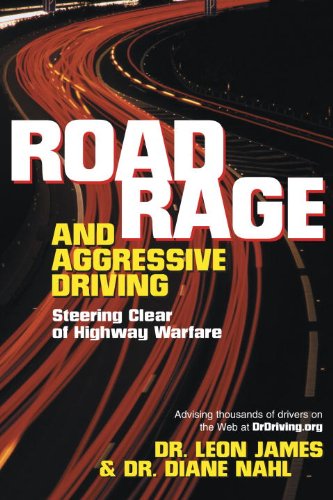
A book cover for Road Rage and Aggressive Driving: Steering Clear of Highway Warfare; Leon James; Test Preparation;